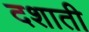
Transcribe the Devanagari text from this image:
दशाती